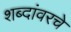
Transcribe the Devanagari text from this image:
शब्दांवरचे